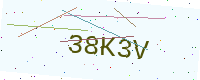
Text: 38K3V